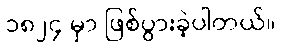
၁၈၂၄ မှာ ဖြစ်ပွားခဲ့ပါတယ်။